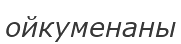
ойкуменаны